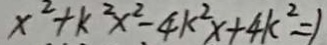
x ^ { 2 } + k ^ { 2 } x ^ { 2 } - 4 k ^ { 2 } x + 4 k ^ { 2 } = 1